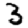
Digit: 3